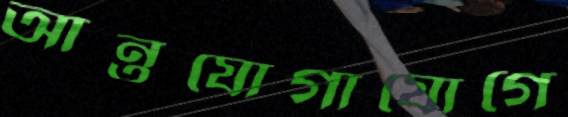
আন্তযোগাযোগে